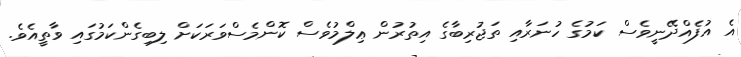
އެ އުފެއްދޭނީވެސް ކަމުގެ ހުނަރާއި ތަޖުރިބާގެ އިތުރުން ޢިލްމުވެސް ކޮންމެސްވަރަކަށް ލިބިގެންކަމުގައި ވާތީއެވެ.